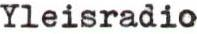
Yleisradio